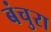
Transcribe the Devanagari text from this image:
बंचुरा